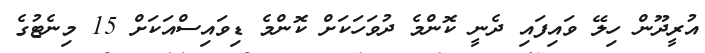
އުރީދޫން ހިލޭ ވައިފައި ދެނީ ކޮންމެ ދުވަހަކަށް ކޮންމެ ޑިވައިސްއަކަށް 15 މިނެޓުގެ